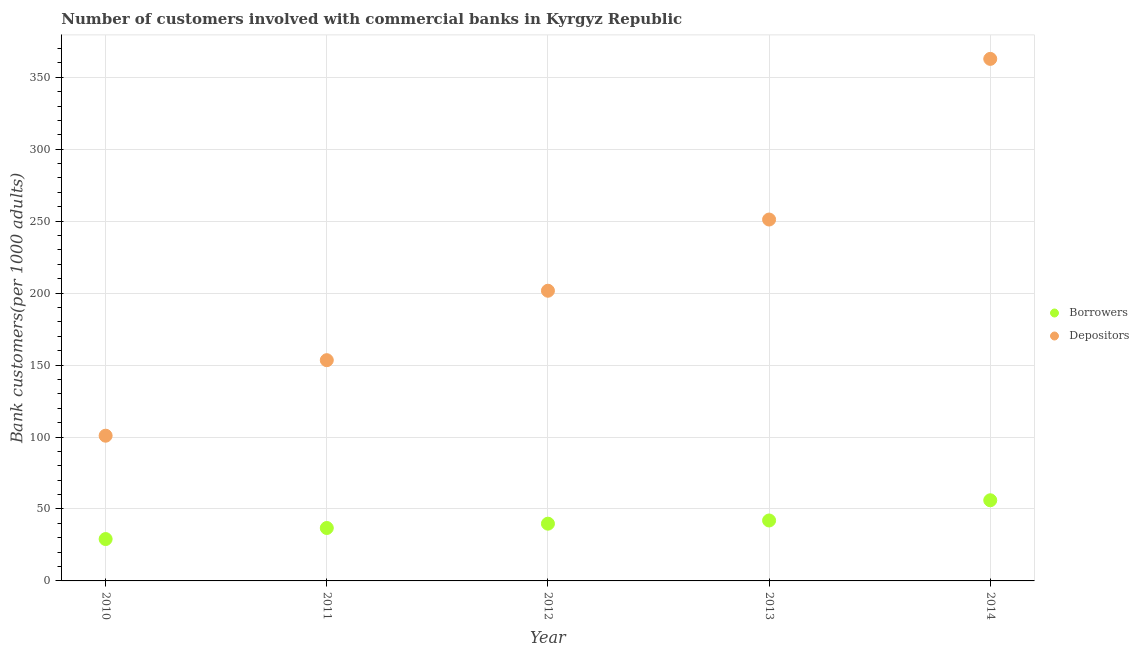
| Year | Borrowers | Depositors |
 | --- | --- | --- |
 | 2010 | 29.1 | 101 |
 | 2011 | 36.8 | 153 |
 | 2012 | 39.8 | 202 |
 | 2013 | 42 | 251 |
 | 2014 | 56 | 363 |